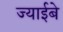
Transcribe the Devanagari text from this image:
ज्याईबे